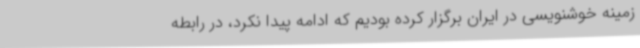
زمینه خوشنویسی در ایران برگزار کرده بودیم که ادامه پیدا نکرد، در رابطه